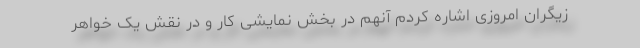
زیگران امروزی اشاره کردم آنهم در بخش نمایشی کار و در نقش یک خواهر